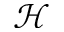
\mathcal { H }